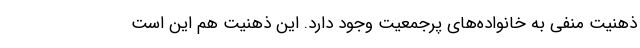
ذهنیت منفی به خانواده‌های پرجمعیت وجود دارد. این ذهنیت هم این است